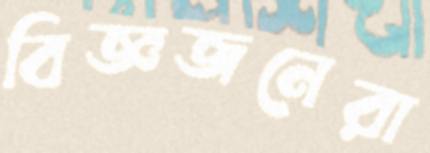
বিজ্ঞজনেরা